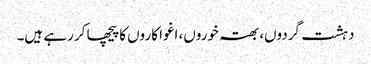
دہشت گردوں، بھتہ خوروں، اغوا کاروں کا پیچھا کر رہے ہیں۔